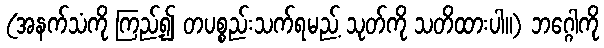
(အနက်သံကို ကြည့်၍ တပစ္စည်းသက်ရမည့် သုတ်ကို သတိထားပါ။) ဘဂ္ဂေါကို